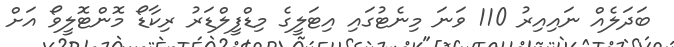
ބަދަލެއް ނައިއިރު 110 ވަނަ މިނެޓުގައި އިޓަލީގެ މިޑްފީލްޑަރު ރިކާޑޯ މޮންޓޮލީވޯ އަށް